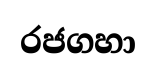
රජගහා